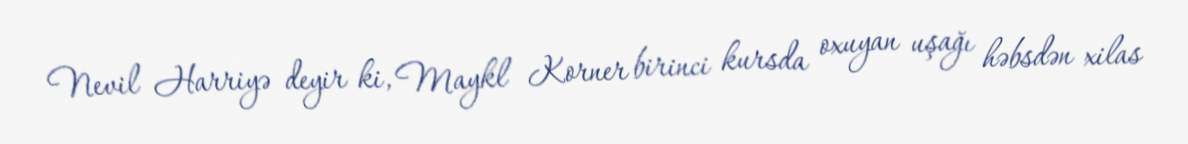
Nevil Harriyə deyir ki, Maykl Korner birinci kursda oxuyan uşağı həbsdən xilas